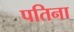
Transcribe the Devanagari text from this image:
पतिना